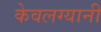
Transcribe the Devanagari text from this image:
केवलग्यानी